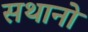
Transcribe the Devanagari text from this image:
सथानो